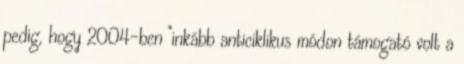
pedig, hogy 2004-ben "inkább anticiklikus módon támogató volt a